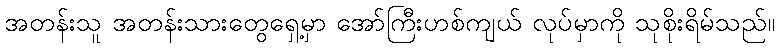
အတန်းသူ အတန်းသားတွေရှေ့မှာ အော်ကြီးဟစ်ကျယ် လုပ်မှာကို သုစိုးရိမ်သည်။